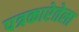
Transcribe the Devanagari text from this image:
पत्रकारेतेला